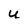
Character: u